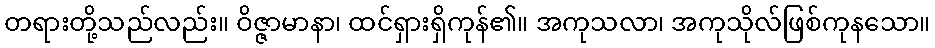
တရားတို့သည်လည်း။ ဝိဇ္ဇာမာနာ၊ ထင်ရှားရှိကုန်၏။ အကုသလာ၊ အကုသိုလ်ဖြစ်ကုနသော။